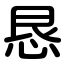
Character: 恳